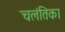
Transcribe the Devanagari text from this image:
चलंतिका